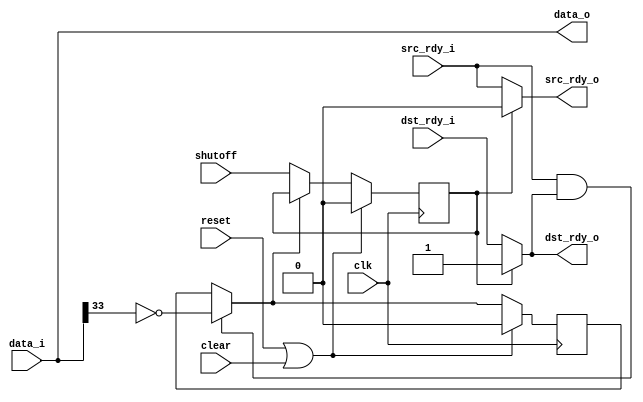
module valve36
  (input clk, input reset, input clear,
   input shutoff,
   input [35:0] data_i, input src_rdy_i, output dst_rdy_o,
   output [35:0] data_o, output src_rdy_o, input dst_rdy_i);
   
   reg 		 shutoff_int, active;
   wire active_next = (src_rdy_i & dst_rdy_o)? ~data_i[33] : active;

   assign data_o = data_i;

   assign dst_rdy_o = shutoff_int ? 1'b1 : dst_rdy_i;
   assign src_rdy_o = shutoff_int ? 1'b0 : src_rdy_i;
   
   always @(posedge clk)
     if(reset | clear)
       active <= 0;
     else
       active <= active_next;
   
   always @(posedge clk)
     if(reset | clear)
       shutoff_int <= 0;
     else if(~active_next)
       shutoff_int <= shutoff;
   
endmodule